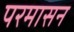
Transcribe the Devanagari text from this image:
परमासन